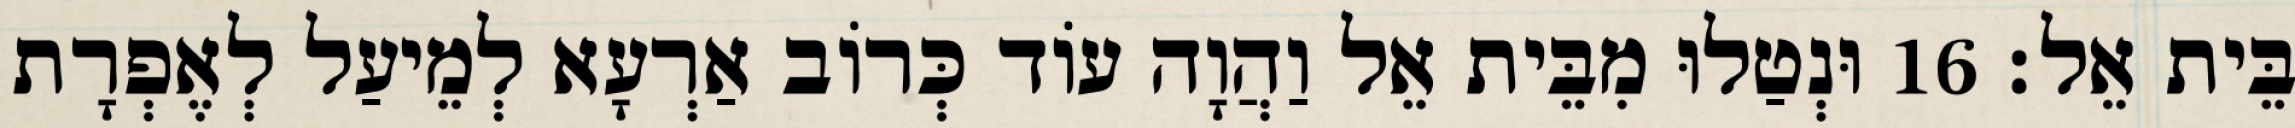
בֵּית אֵל׃ 16 וּנְטַלוּ מִבֵּית אֵל וַהֲוָה עוֹד כְּרוֹב אַרְעָא לְמֵיעַל לְאֶפְרָת